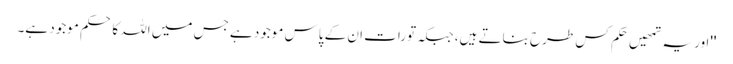
''اور یہ تمھیں حَکم کس طرح بناتے ہیں، جبکہ تورات ان کے پاس موجود ہے جس میں اللہ کا حکم موجود ہے۔